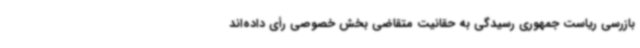
بازرسی ریاست جمهوری رسیدگی به حقانیت متقاضی بخش خصوصی رأی داده‌اند